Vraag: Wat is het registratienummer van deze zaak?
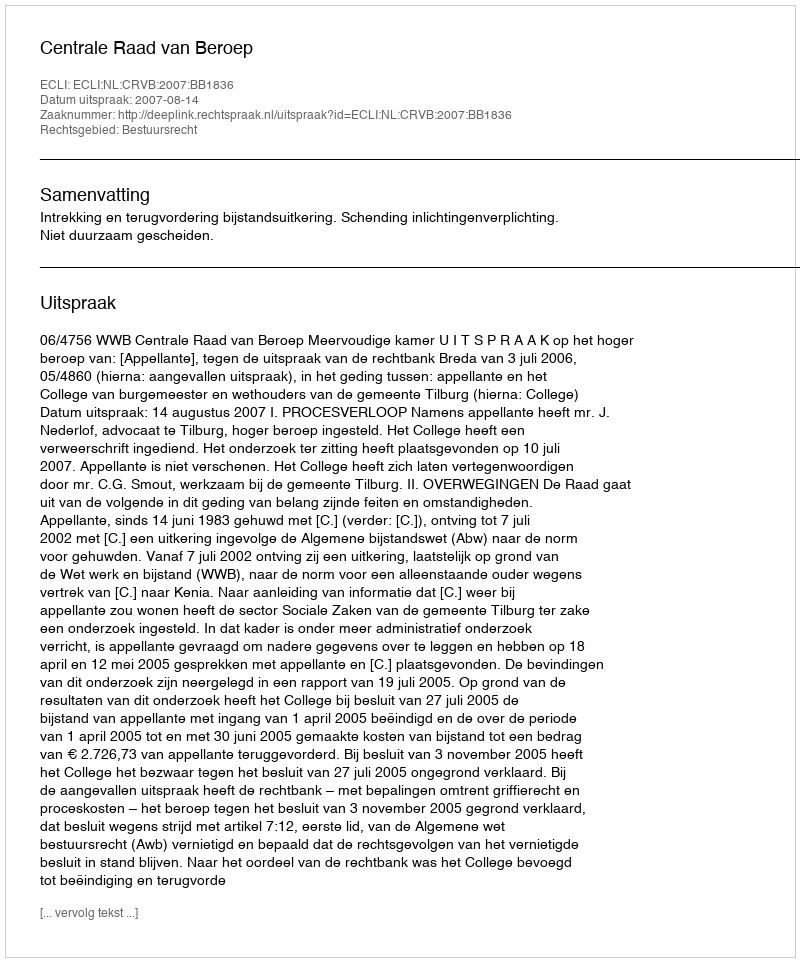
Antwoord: http://deeplink.rechtspraak.nl/uitspraak?id=ECLI:NL:CRVB:2007:BB1836